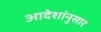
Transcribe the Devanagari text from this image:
आदेशांनुसार